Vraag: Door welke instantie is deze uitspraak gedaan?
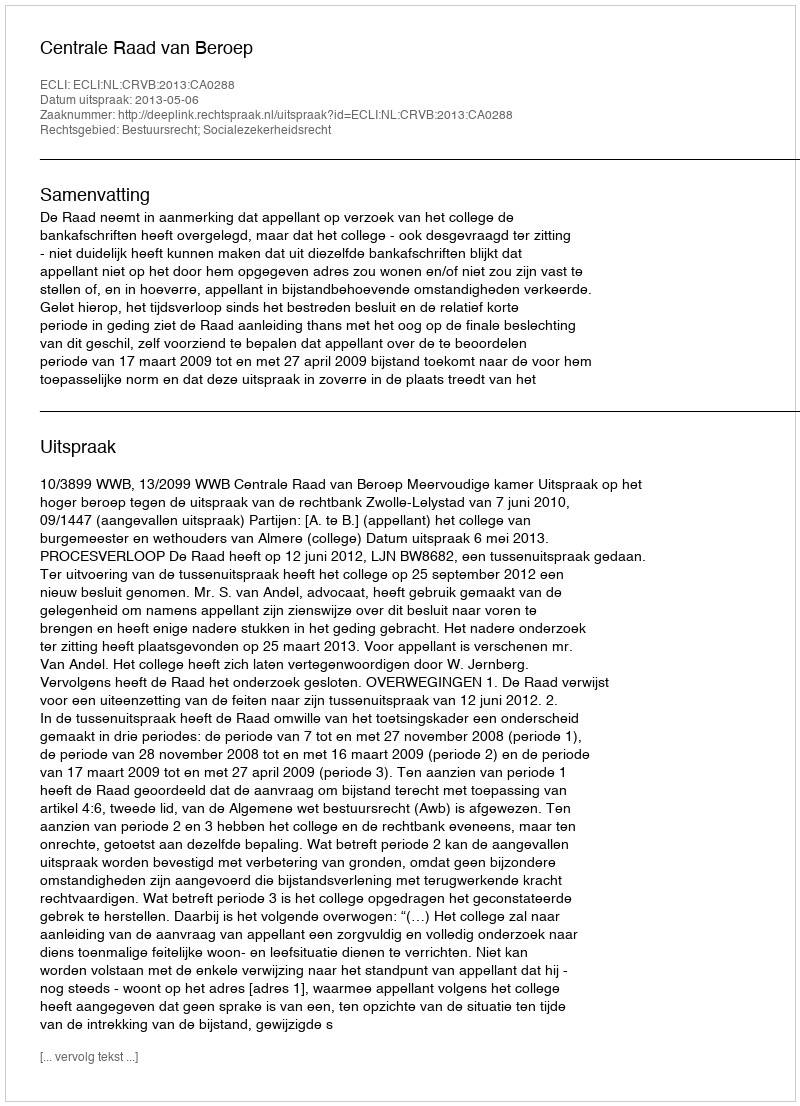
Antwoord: Centrale Raad van Beroep